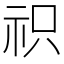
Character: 𮁦